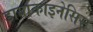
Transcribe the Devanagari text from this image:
डायाकाइनेसिस